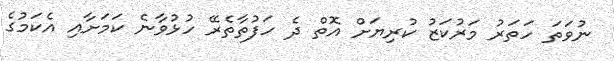
ނުވަތަ ހަތަރު މަރުކަޒު ކުރިޔަށް އޮތް ދެ ހަފުތާތެރޭ ހުޅުވާނެ ކަމަށާއި އެކަމުގެ